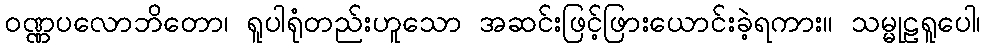
ဝဏ္ဏပလောဘိတော၊ ရူပါရုံတည်းဟူသော အဆင်းဖြင့်ဖြားယောင်းခဲ့ရကား။ သမ္မုဠရူပေါ၊